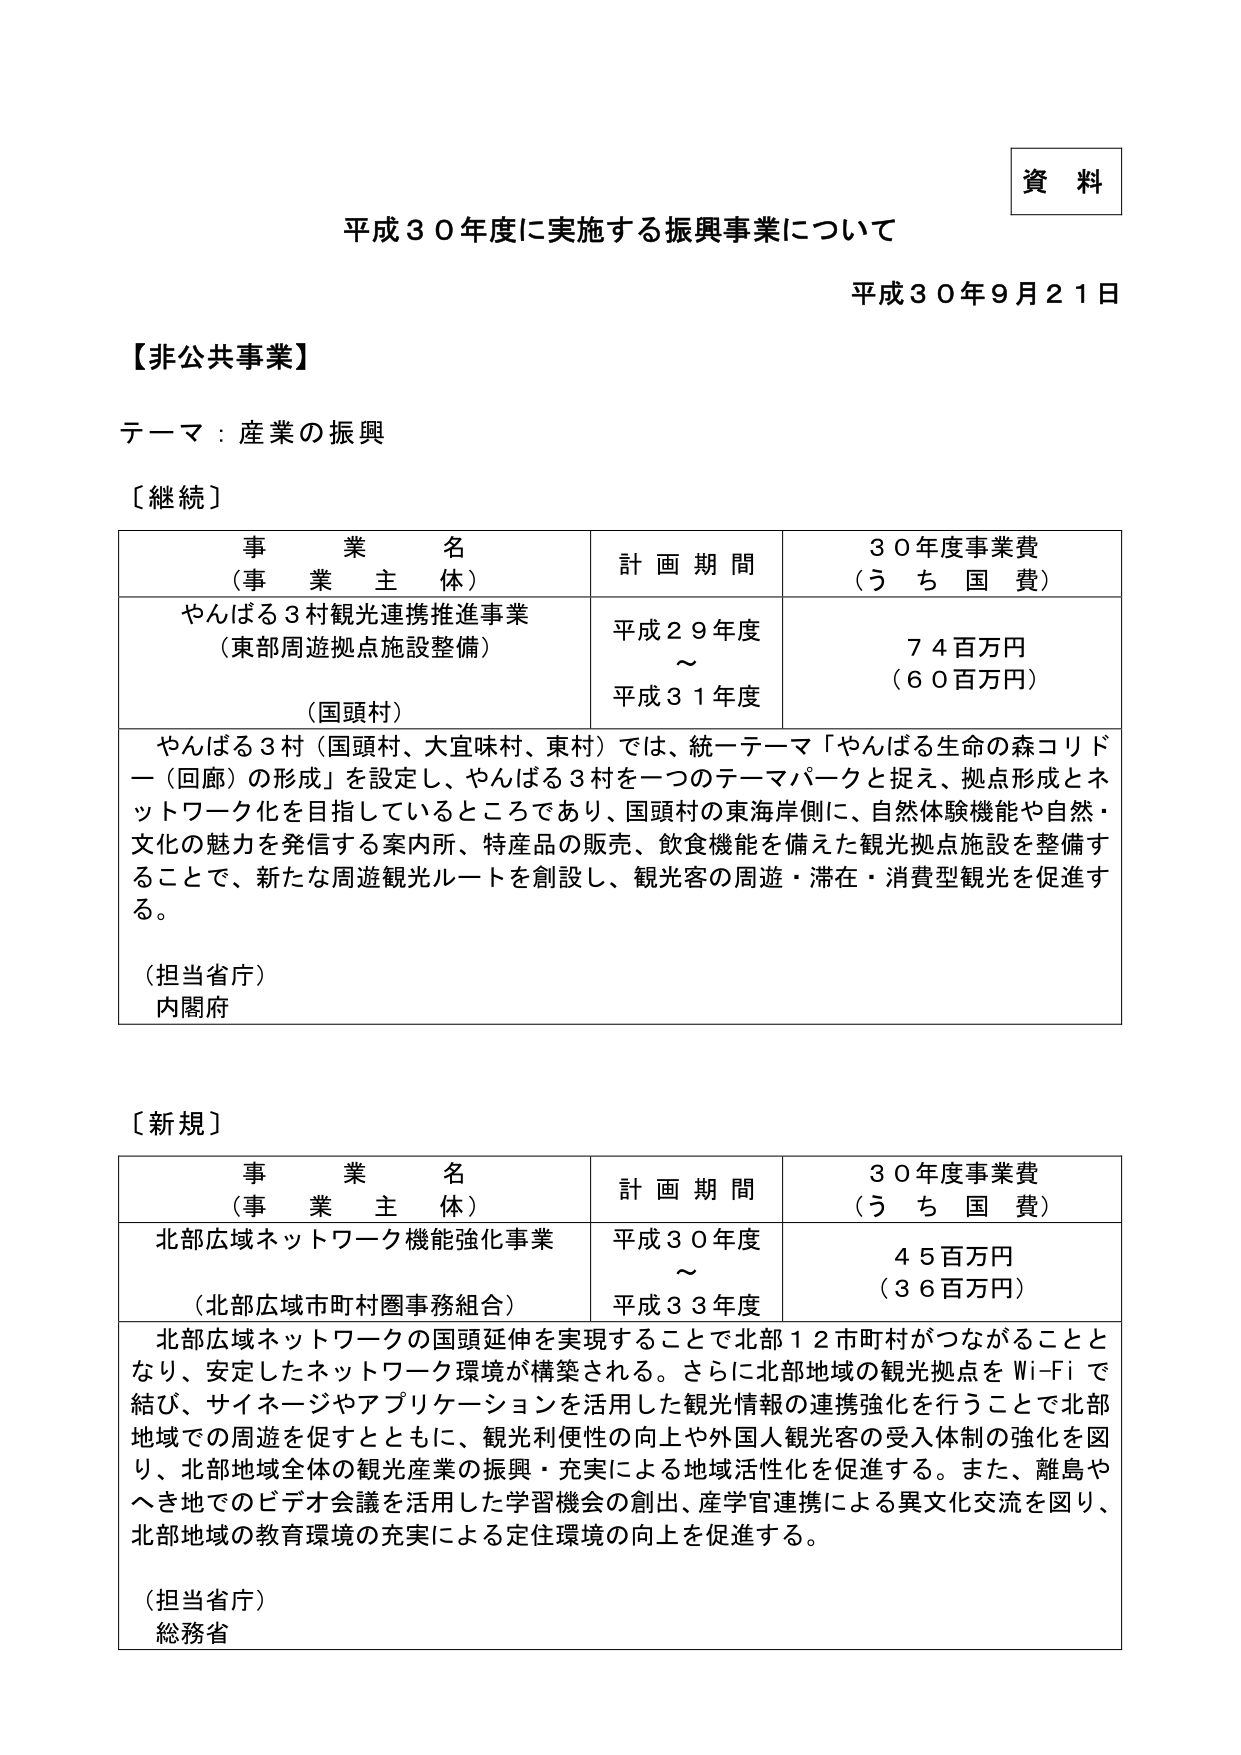
資料

平成３０年度に実施する振興事業について

平成３０年９月２１日

【非公共事業】

テーマ：産業の振興

〔継続〕

事業名
（事業主体）
やんばる３村観光連携推進事業
（東部周遊拠点施設整備）
（国頭村）

計画期間
平成２９年度
～
平成３１年度

３０年度事業費
（うち国費）
７４百万円
（６０百万円）

やんばる３村（国頭村、大宜味村、東村）では、統一テーマ「やんばる生命の森コリドー（回廊）の形成」を設定し、やんばる３村を一つのテーマパークと捉え、拠点形成とネットワーク化を目指しているところであり、国頭村の東海岸側に、自然体験機能や自然・文化の魅力を発信する案内所、特産品の販売、飲食機能を備えた観光拠点施設を整備することで、新たな周遊観光ルートを創設し、観光客の周遊・滞在・消費型観光を促進する。

（担当省庁）
内閣府

〔新規〕

事業名
（事業主体）
北部広域ネットワーク機能強化事業
（北部広域市町村圏事務組合）

計画期間
平成３０年度
～
平成３３年度

３０年度事業費
（うち国費）
４５百万円
（３６百万円）

北部広域ネットワークの国頭延伸を実現することで北部１２市町村がつながることとなり、安定したネットワーク環境が構築される。さらに北部地域の観光拠点をWi-Fiで結び、サイネージやアプリケーションを活用した観光情報の連携強化を行うことで北部地域での周遊を促すとともに、観光利便性の向上や外国人観光客の受入体制の強化を図り、北部地域全体の観光産業の振興・充実による地域活性化を促進する。また、離島やへき地でのビデオ会議を活用した学習機会の創出、産学官連携による異文化交流を図り、北部地域の教育環境の充実による定住環境の向上を促進する。

（担当省庁）
総務省